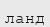
ланд